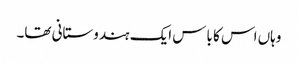
وہاں اس کا باس ایک ہندوستانی تھا۔